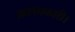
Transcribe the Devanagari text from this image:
क़लमकारी।